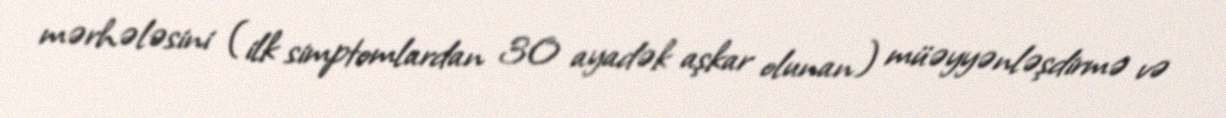
mərhələsini (ilk simptomlardan 30 ayadək aşkar olunan) müəyyənləşdirmə və